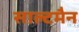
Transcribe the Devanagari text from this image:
साल्टमैन